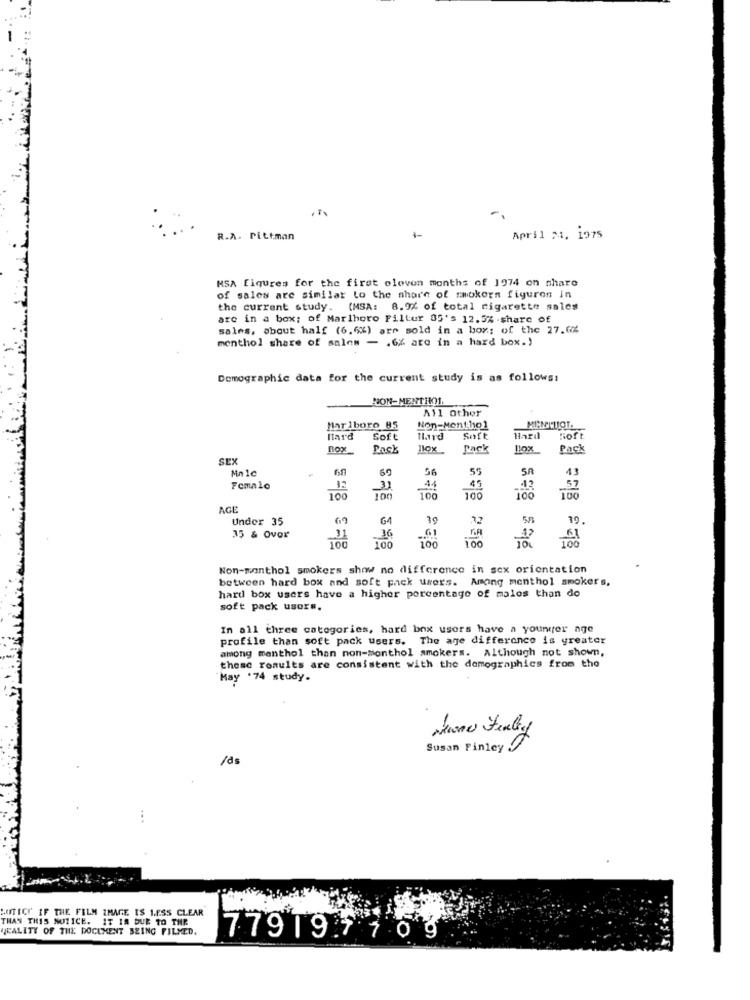
1-
R.A. Pittman
April 21. 1975
MSA figures for the first oleven months of 1974 on share
of sales are similar to the share of smokers figuren in
the current study. (MSA: 8.9% of total cigarette sales
are in a box; of Marlboro Filter 85's 12.5% .share of
sales, about half (6.6%) are sold in a box; of the 27.04
menthol share of sales - . 6% are in a hard box.)
Demographic data for the current study is as follows:
RON-METHO1.
All Other
Marlboro 05
Non-Ment hol
Hard
Soft
Hard
Soft
Soft
BOX
Pack
Pack
Pack
SEX
Ma le
69
56
55
SA
44
Female
11
100
45
12
100
100
100
AGE
Under 35
64
19
583
19.
35 & Ovor
100
100
Non-monthol smokers show no difference in sex orientation
between hard box and soft pack users. Among menthol smokers,
hard box users have a higher percentage of malos than do
soft pack users.
In all three categories, hard box users have a younger age
profile than soft pack users. The age difference is greater
among menthol than non-monthol smokers. Although not shown,
these results are consistent with the demographics from tho
May .74 study.
Susan Finley .
/ds
SUITICH' IF THE FILM IMAGE IS LESS CLEAR
THAN THIS NOTICE. IT IS DUE TO THE
VEALITY OF THE DOCUMENT BEING FILMED.
779197109